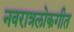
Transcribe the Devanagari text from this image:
नवरात्रलोकगीत